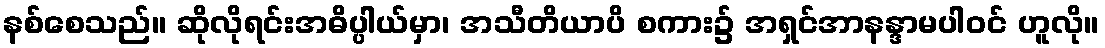
နစ်စေသည်။ ဆိုလိုရင်းအဓိပ္ပါယ်မှာ၊ အသီတိယာပိ စကား၌ အရှင်အာနန္ဒာမပါဝင် ဟူလို။